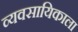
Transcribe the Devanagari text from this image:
व्यवसायिकाला